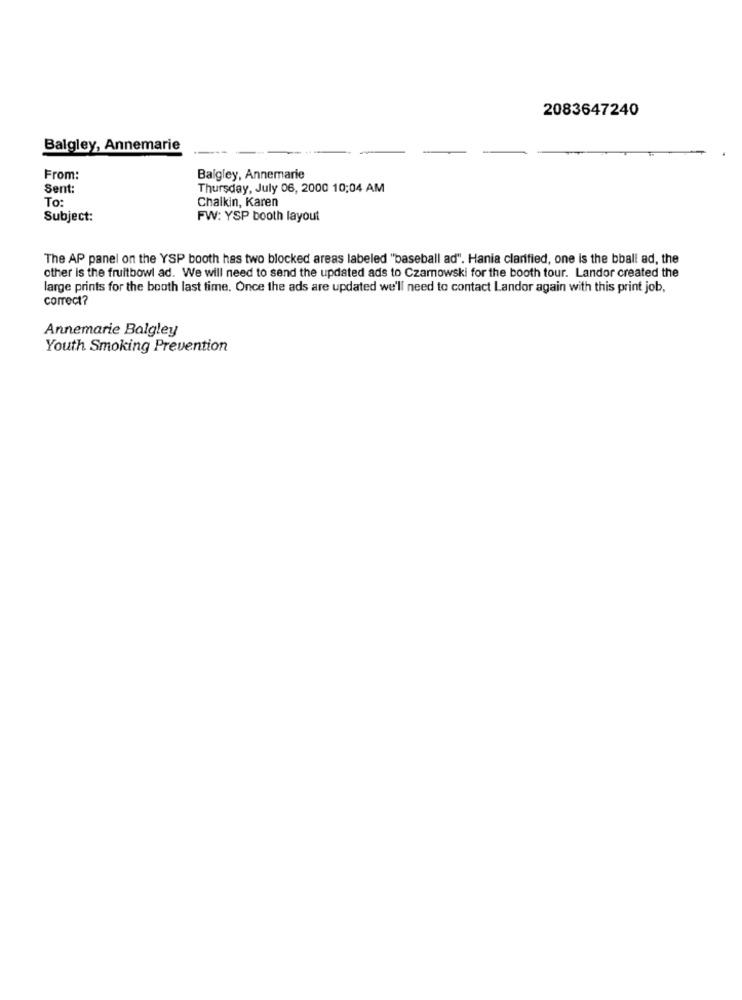
2083647240
Balgley, Annemarie
From:
Balgley, Annemarie
Sent:
Thursday, July 06, 2000 10:04 AM
To:
Chalkin, Karen
Subject:
FW: YSP booth layout
The AP panel on the YSP booth has two blocked areas labeled "baseball ad". Hania clarified, one is the bball ad, the
other is the fruitbowl ad. We will need to send the updated ads to Czarnowski for the booth tour. Landor created the
large prints for the booth last time. Once the ads are updated we'll need to contact Landor again with this print job,
correct?
Annemarie Balgley
Youth Smoking Prevention